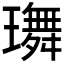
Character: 𤪕